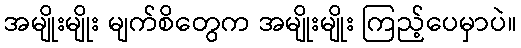
အမျိုးမျိုး မျက်စိတွေက အမျိုးမျိုး ကြည့်ပေမှာပဲ။